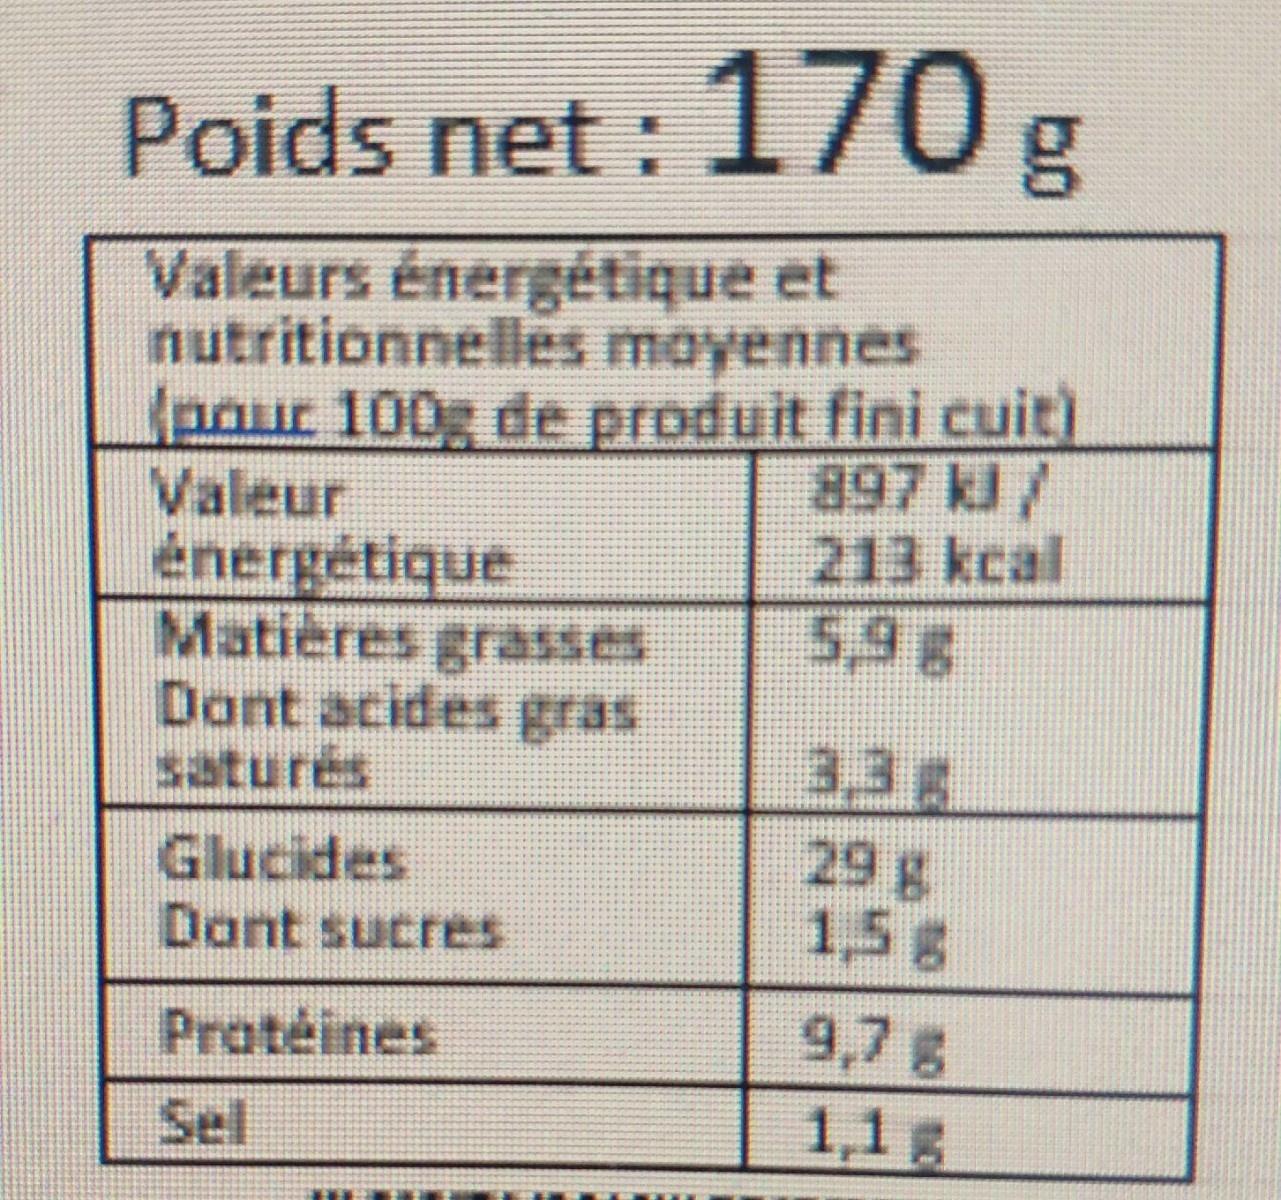
Poids net : 170g
Valeurs énergétique et nutritionnelles moyennes Ipour 100g de produit fini cuit) Valeur énergétique Matières grasses Dont acides gras
897kl/ 213 kcal 5,9g
satures
3,3g
29 g
Glucides Dont sucres
1,5g
Protéines
9,7 g
Sel
1,1g